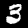
Label: 3